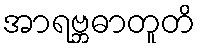
အာရဗ္ဘဓာတူတိ